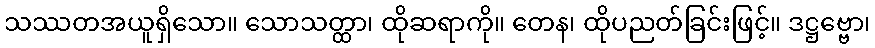
သဿတအယူရှိသော။ သောသတ္ထာ၊ ထိုဆရာကို။ တေန၊ ထိုပညတ်ခြင်းဖြင့်။ ဒဋ္ဌဗ္ဗော၊